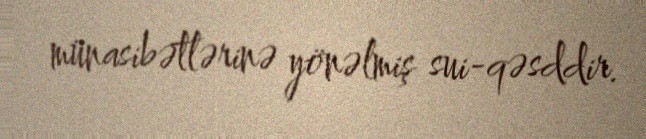
münasibətlərinə yönəlmiş sui-qəsddir.